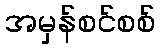
အမှန်စင်စစ်